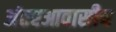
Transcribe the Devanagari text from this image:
अंतरआवासीय